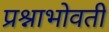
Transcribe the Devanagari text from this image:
प्रश्नाभोवती